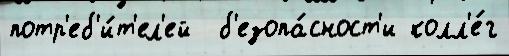
потр'еб'и́т'ел'ей  б'езопа́сност'и колл'е́г